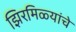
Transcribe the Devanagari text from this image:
झिरमिळ्यांचे